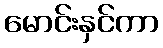
မောင်းနှင်ကာ